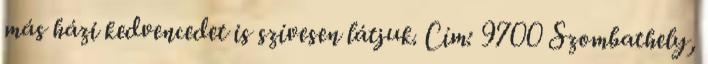
más házi kedvencedet is szívesen látjuk. Cím: 9700 Szombathely,